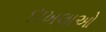
દાખલાઓ